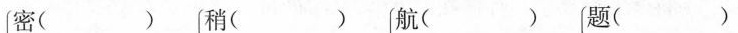
密( ) 稍( ) 航( ) 题()